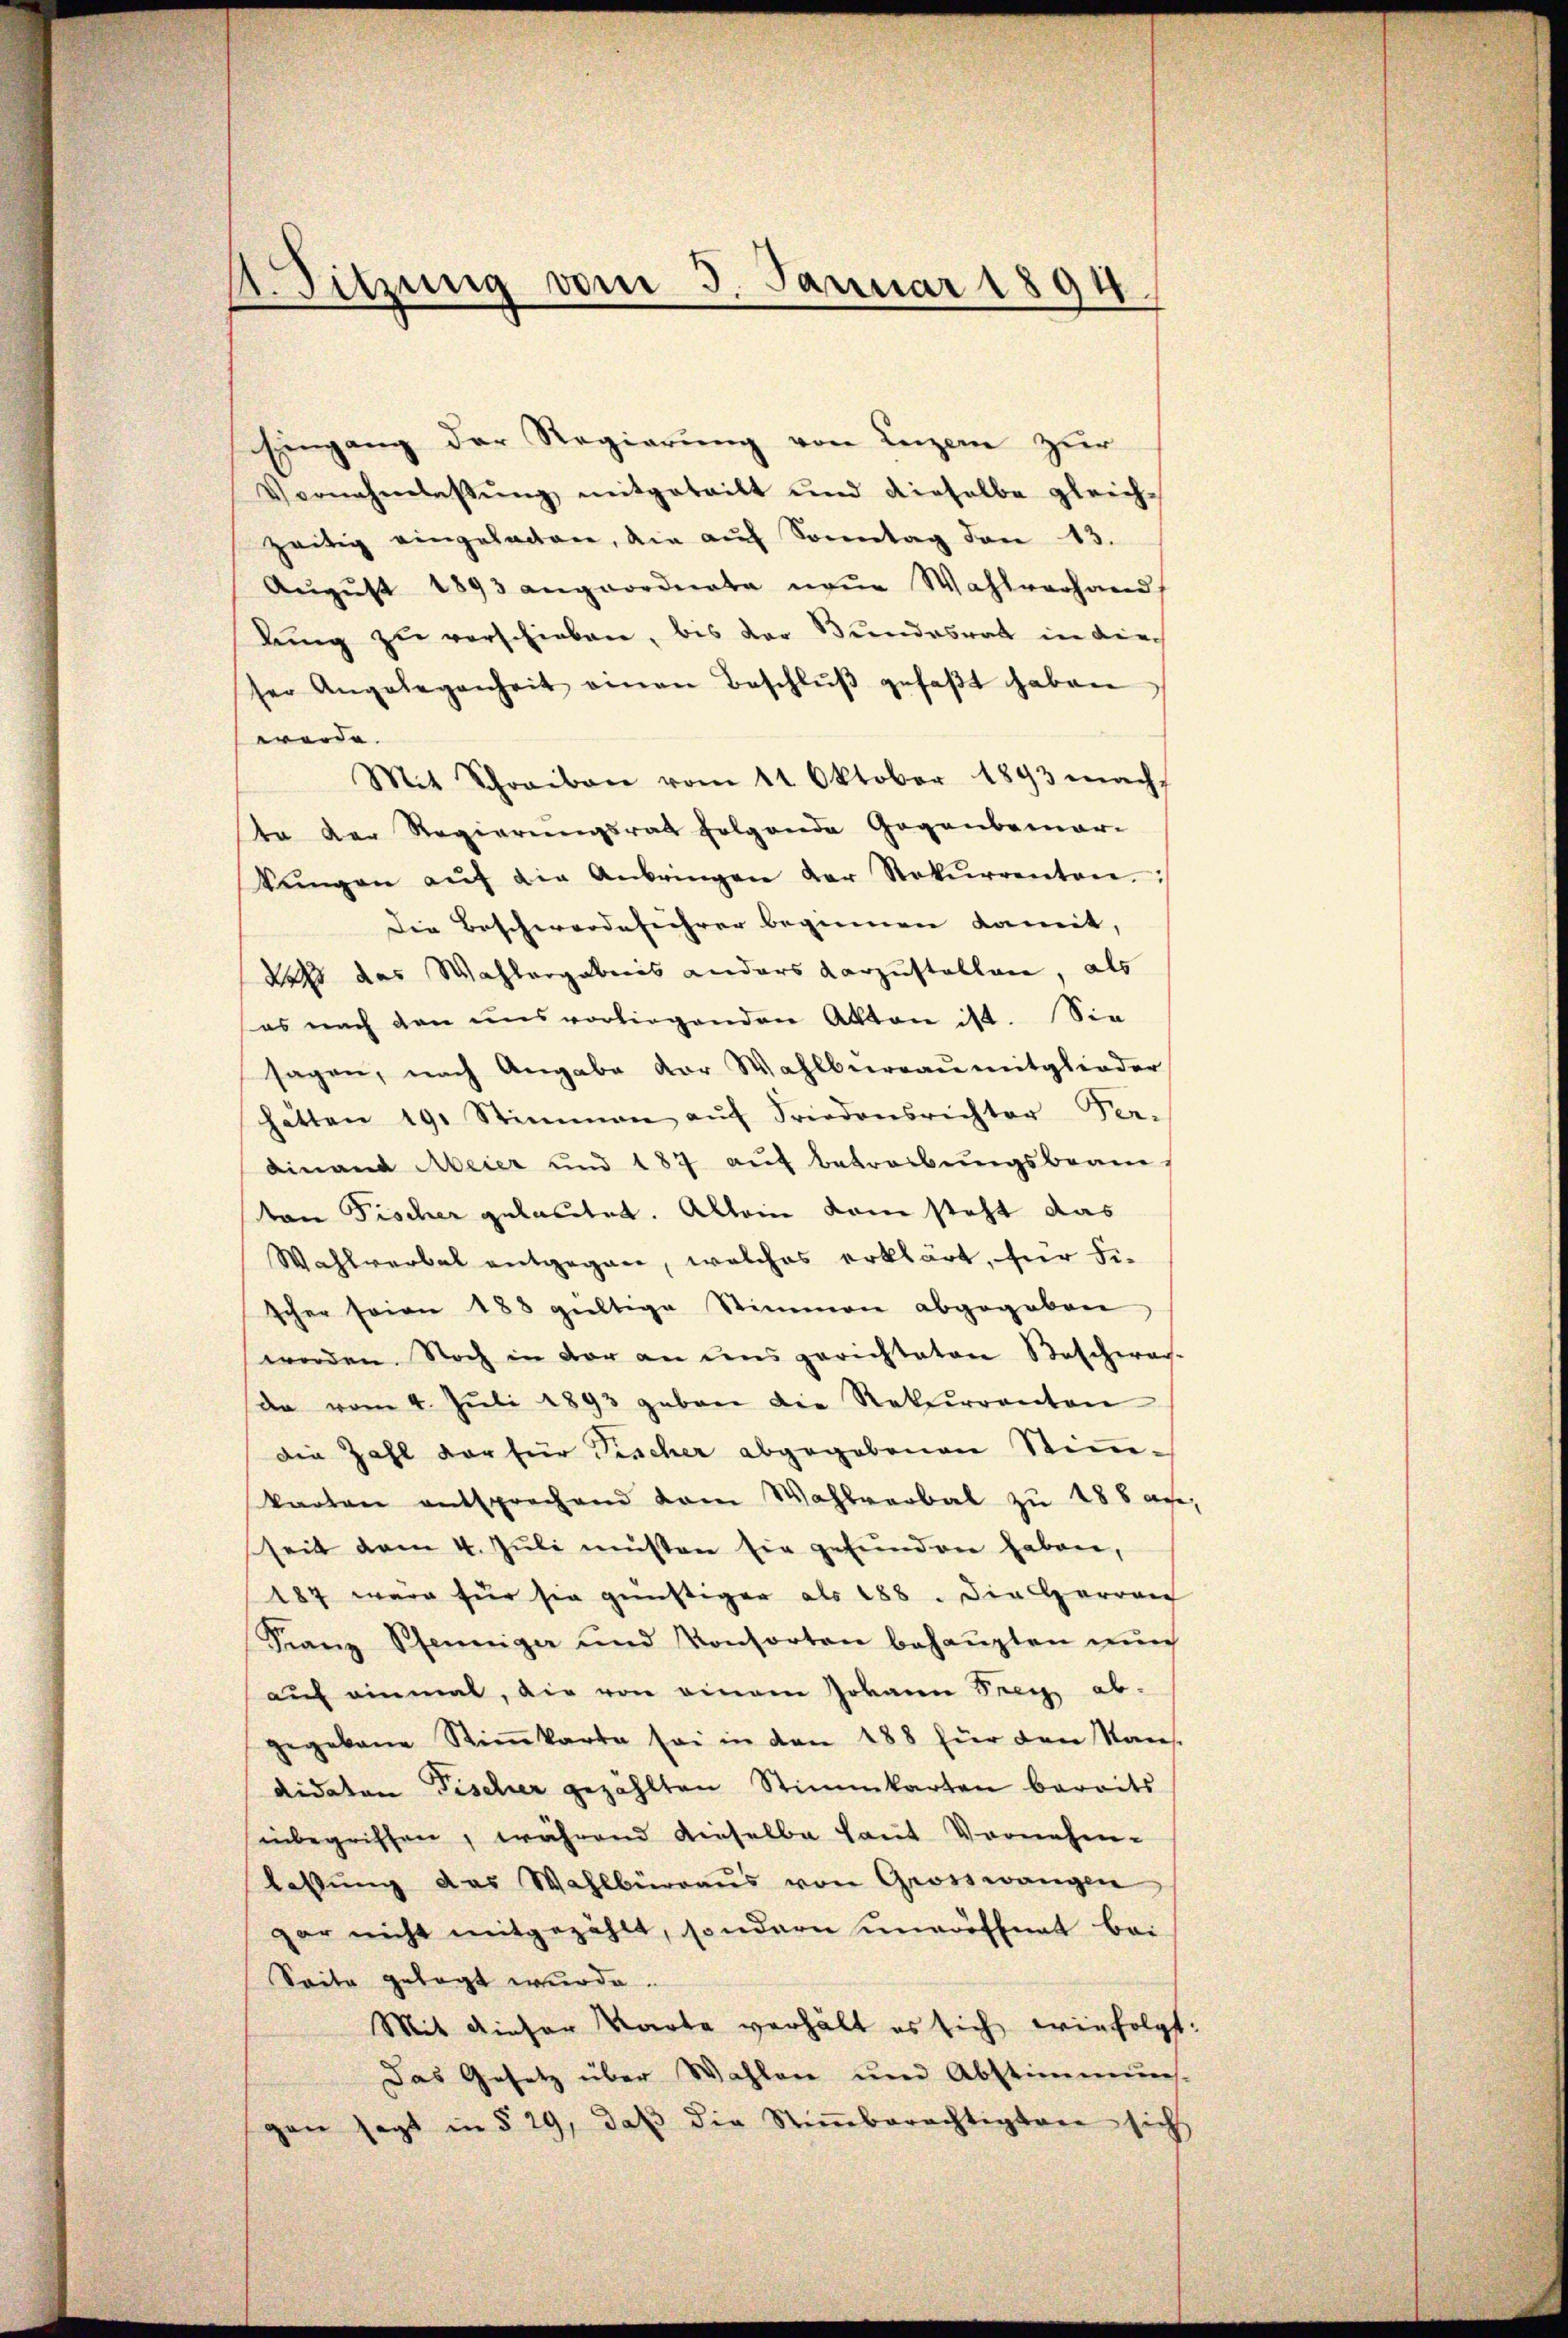
1. Sitzung vom 3. Januar 1894.

Eingang der Regierŭng von Luzern zur
Vornahmlassŭng mitgeteilt und dieselbe gleich-
zeitig eingeladen, die aŭf Sonntag den 13.
Aŭgŭst 1893 angeordnete neue Wahlverhand
lung zu verschieben, bis der Bundesrat in die
ser Angelegenheit einen Beschlŭβ gefaβt haben
werde.
Mit Schreiben vom 11. Oktober 1893 macht
ta der Regierungsrat folgende Gegenbemar-
kungen aŭf die Anbringen der Rekŭrrenten.
Die Beschwerdeführer beginnen damit,
daß das Wahlorgabenis anders darzustellen, als
es nach den uns vorliegenden Akten ist. Sie
sagen, nach Angabe vor Wahlbureau mitglieder
hätten 19. Stimmen aŭf Friedensrichter Ver-
dinand Meier und 187 aŭf betreibŭngsbeamton Fischer gelautet. Allein kam steht das
Wahlverbat entgegann, welches erklärt, für Fischer seien 188 gültige Stimmen abgegeben
worden. Noch in der an uns gerichteten Bescheres-
da vom 4. Jŭli 1893 geben die Rekurrenten
Die Zahl der für Tischer abgegebenen Stimmkarten entsprochend dem Wahlverbal zu 288 an
seit vom 4. Jŭli müsten sie gefunden haben,
187 wäre für sie günstiger als 188. Die Herren
Franz Scheinige und Konsorten behaupten auch
auf einmal, die von einem Johann See ab-
gegebene Stiṁkarte sei in den 188 für den Nans.
didaten Fischer gezahlten Stimmkarten bereits
inbegriffen, während dieselbe laut Vornehmlassŭng das Wahlbüraŭs von Grosswangen
gar nicht mitgezählt, sondern unwööffnet bei
Seite gelegt wurde.
Mit dieser Karte verhält es sich wie folgt:
Das Gesetz über Wahlen und Abstimmuns.
gen sagt in § 29, daβ die Stiṁberechtigten sich